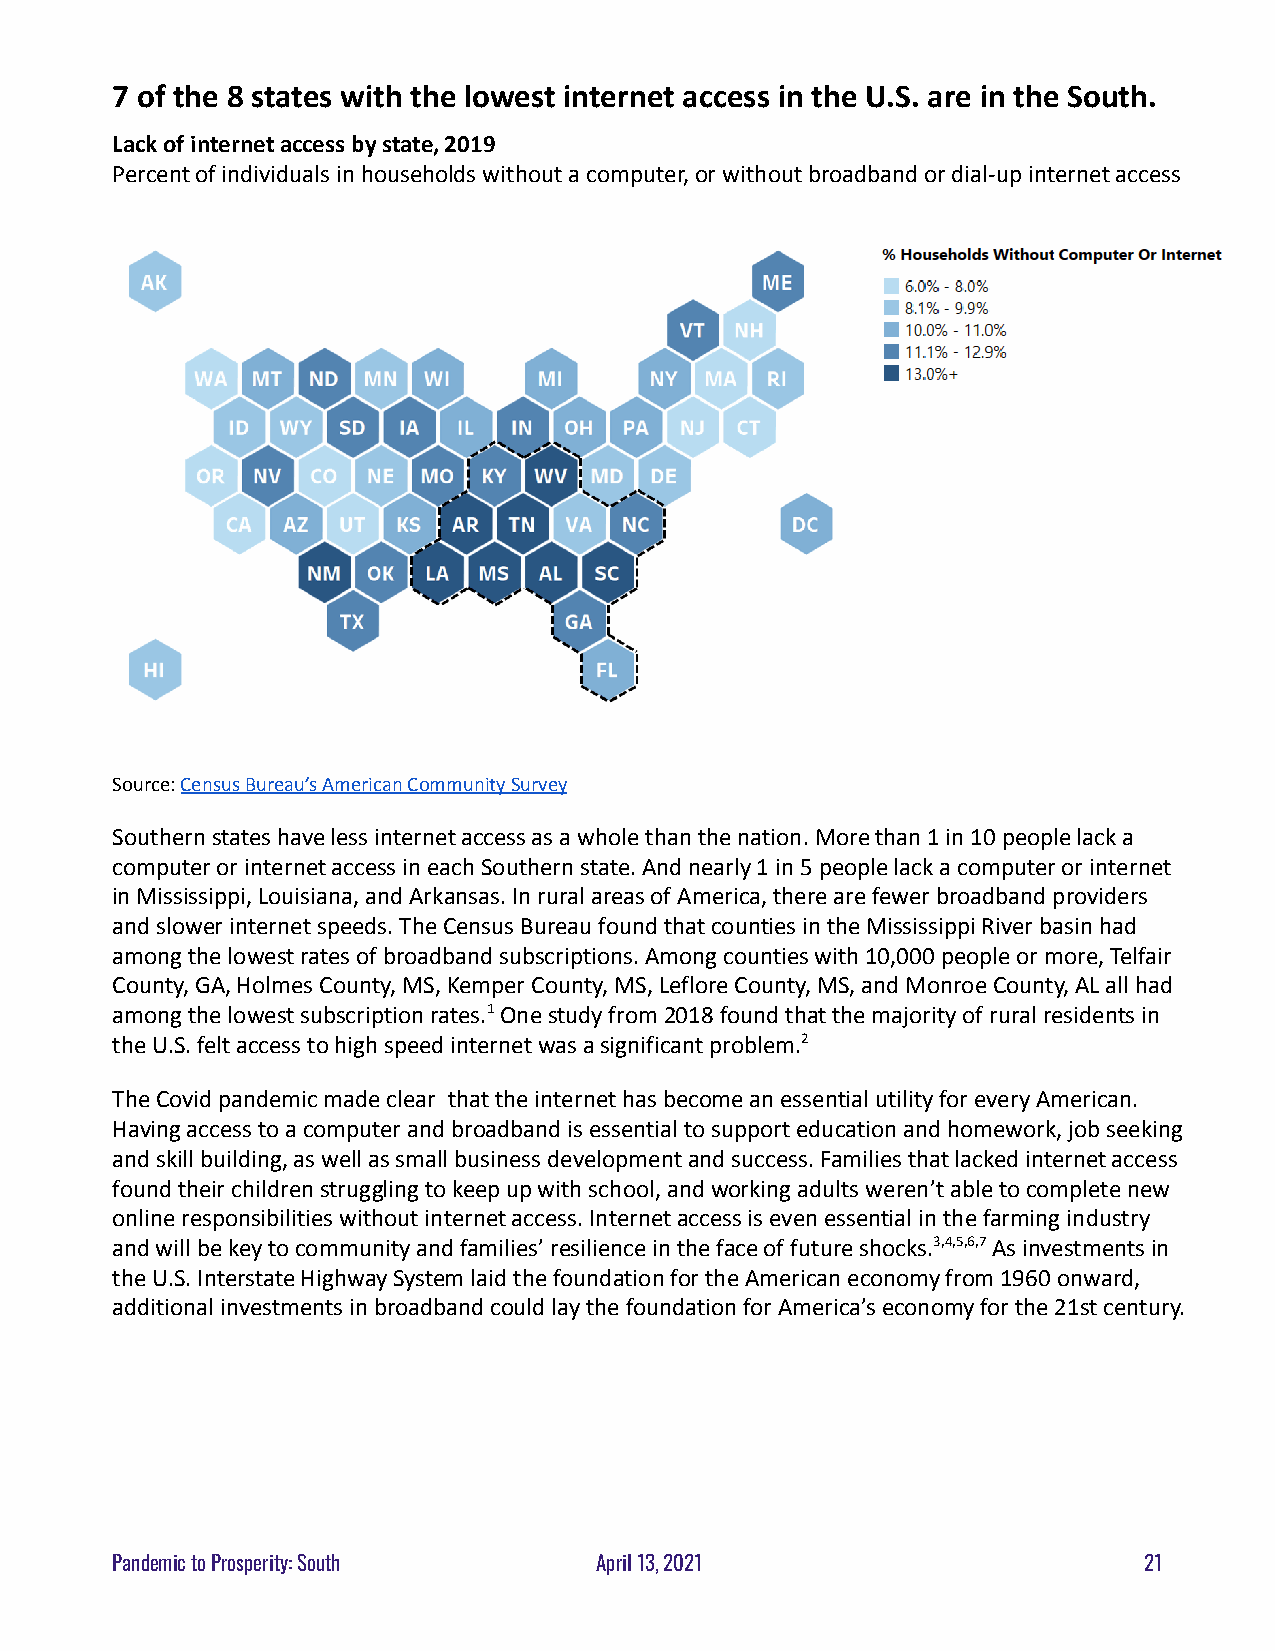
7 of the 8 states with the lowest internet access in the U.S. are in the South.
 Lack of internet access by state, 2019
 Percent of individuals in households without a computer,or without broadband or dial-up internet access
 Source:Census Bureau’s American Community Survey
 Southern states have less internet access as a wholethan the nation. More than 1 in 10 people lack a
 computer or internet access in each Southern state.And nearly 1 in 5 people lack a computer or internet
 in Mississippi, Louisiana, and Arkansas. In ruralareas of America, there are fewer broadband providers
 and slower internet speeds. The Census Bureau foundthat counties in the Mississippi River basin had
 among the lowest rates of broadband subscriptions.Among counties with 10,000 people or more, Telfair
 County, GA, Holmes County, MS, Kemper County, MS,Leflore County, MS, and Monroe County, AL all had
 among the lowest subscription rates.1One study from2018 found that the majority of rural residents in
 the U.S. felt access to high speed internet was asignificant problem.2
 The Covid pandemic made clear that the internet hasbecome an essential utility for every American.
 Having access to a computer and broadband is essentialto support education and homework, job seeking
 and skill building, as well as small business developmentand success. Families that lacked internet access
 found their children struggling to keep up with school,and working adults weren’t able to complete new
 online responsibilities without internet access. Internetaccess is even essential in the farming industry
 and will be key to community and families’ resiliencein the face of future shocks.3,4,5,6,7As investmentsin
 the U.S. Interstate Highway System laid the foundationfor the American economy from 1960 onward,
 additional investments in broadband could lay thefoundation for America’s economy for the 21st century.
 Pandemic to Prosperity: South   April 13, 2021                       21